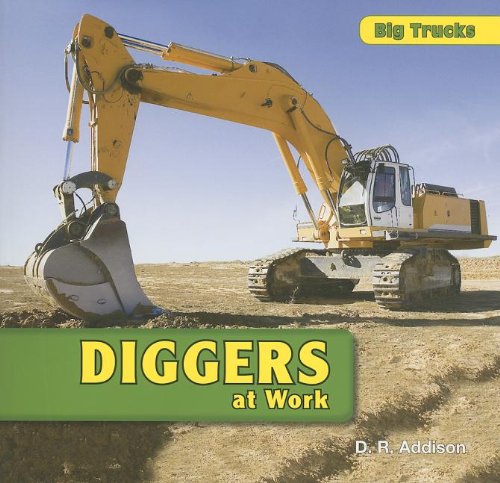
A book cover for Diggers at Work (Big Trucks); D. R. Addison; Children's Books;